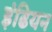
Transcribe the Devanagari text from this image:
इंढियन